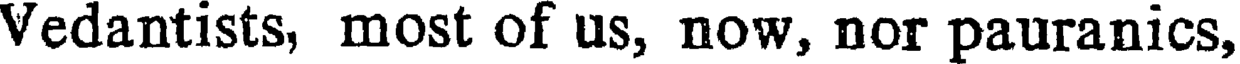
Vedantists, most of us, now, nor pauranics,